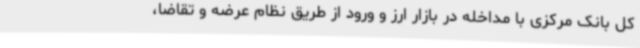
کل بانک مرکزی با مداخله در بازار ارز و ورود از طریق نظام عرضه و تقاضا،